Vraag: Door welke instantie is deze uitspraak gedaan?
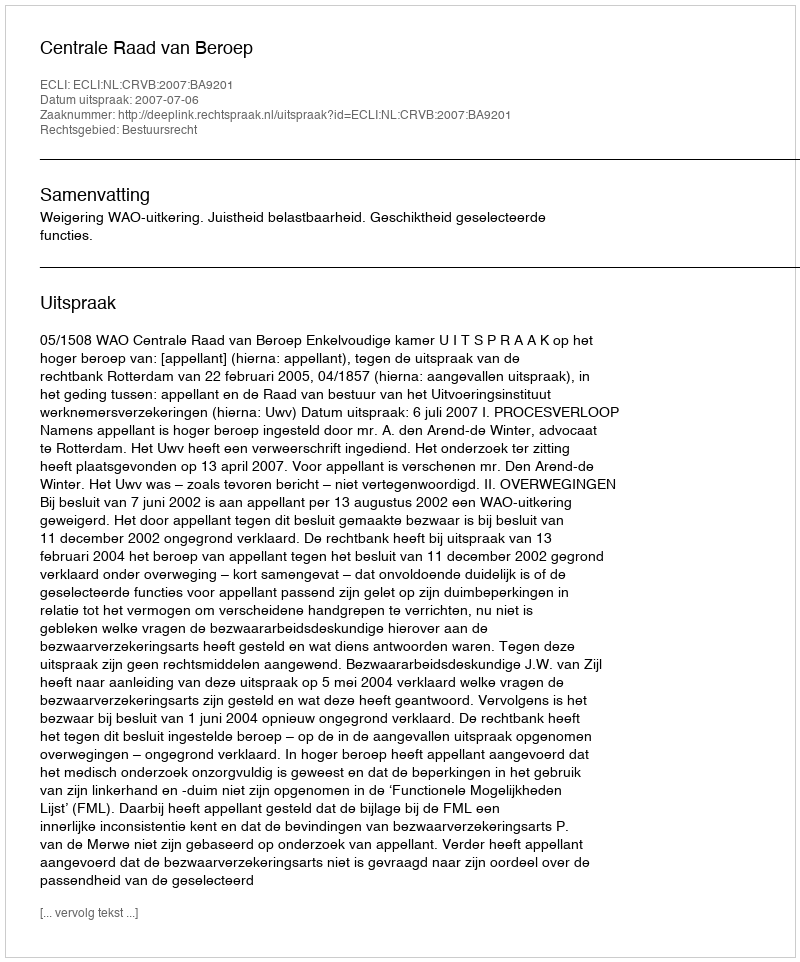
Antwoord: Centrale Raad van Beroep